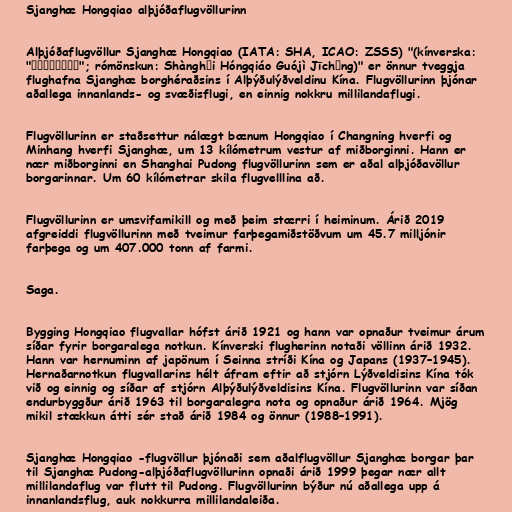
Sjanghæ Hongqiao alþjóðaflugvöllurinn

Alþjóðaflugvöllur Sjanghæ Hongqiao (IATA: SHA, ICAO: ZSSS) "(kínverska:
"上海虹桥国际机场"; rómönskun: Shànghǎi Hóngqiáo Guójì Jīchǎng)" er önnur tveggja
flughafna Sjanghæ borghéraðsins í Alþýðulýðveldinu Kína. Flugvöllurinn þjónar
aðallega innanlands- og svæðisflugi, en einnig nokkru millilandaflugi.

Flugvöllurinn er staðsettur nálægt bænum Hongqiao í Changning hverfi og
Minhang hverfi Sjanghæ, um 13 kílómetrum vestur af miðborginni. Hann er
nær miðborginni en Shanghai Pudong flugvöllurinn sem er aðal alþjóðavöllur
borgarinnar. Um 60 kílómetrar skila flugvelllina að.

Flugvöllurinn er umsvifamikill og með þeim stærri í heiminum. Árið 2019
afgreiddi flugvöllurinn með tveimur farþegamiðstöðvum um 45.7 milljónir
farþega og um 407.000 tonn af farmi.

Saga.

Bygging Hongqiao flugvallar hófst árið 1921 og hann var opnaður tveimur árum
síðar fyrir borgaralega notkun. Kínverski flugherinn notaði völlinn árið 1932.
Hann var hernuminn af japönum í Seinna stríði Kína og Japans (1937–1945).
Hernaðarnotkun flugvallarins hélt áfram eftir að stjórn Lýðveldisins Kína tók
við og einnig og síðar af stjórn Alþýðulýðveldisins Kína. Flugvöllurinn var síðan
endurbyggður árið 1963 til borgaralegra nota og opnaður árið 1964. Mjög
mikil stækkun átti sér stað árið 1984 og önnur (1988–1991).

Sjanghæ Hongqiao -flugvöllur þjónaði sem aðalflugvöllur Sjanghæ borgar þar
til Sjanghæ Pudong-alþjóðaflugvöllurinn opnaði árið 1999 þegar nær allt
millilandaflug var flutt til Pudong. Flugvöllurinn býður nú aðallega upp á
innanlandsflug, auk nokkurra millilandaleiða.